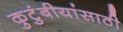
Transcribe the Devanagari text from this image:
कुटुंबीयांसाठी